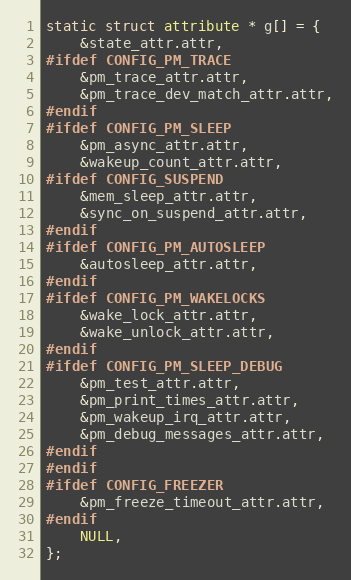
Language: C
static struct attribute * g[] = {
	&state_attr.attr,
#ifdef CONFIG_PM_TRACE
	&pm_trace_attr.attr,
	&pm_trace_dev_match_attr.attr,
#endif
#ifdef CONFIG_PM_SLEEP
	&pm_async_attr.attr,
	&wakeup_count_attr.attr,
#ifdef CONFIG_SUSPEND
	&mem_sleep_attr.attr,
	&sync_on_suspend_attr.attr,
#endif
#ifdef CONFIG_PM_AUTOSLEEP
	&autosleep_attr.attr,
#endif
#ifdef CONFIG_PM_WAKELOCKS
	&wake_lock_attr.attr,
	&wake_unlock_attr.attr,
#endif
#ifdef CONFIG_PM_SLEEP_DEBUG
	&pm_test_attr.attr,
	&pm_print_times_attr.attr,
	&pm_wakeup_irq_attr.attr,
	&pm_debug_messages_attr.attr,
#endif
#endif
#ifdef CONFIG_FREEZER
	&pm_freeze_timeout_attr.attr,
#endif
	NULL,
};